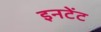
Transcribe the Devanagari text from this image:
इनटेंट